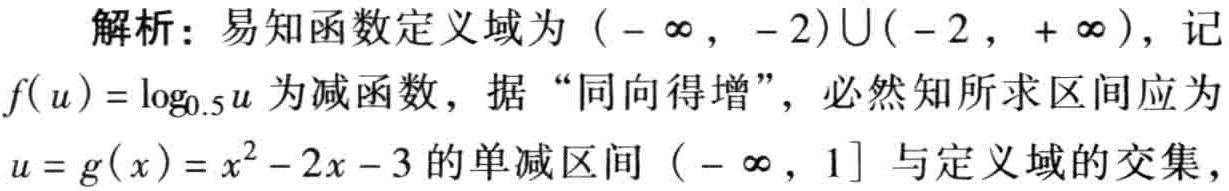
解析：易知函数定义域为\((-\infty,-2)\cup(-2,+\infty)\)，记\(f(u)=\log_{0.5}u\)为减函数，据“同向得增”，必然知所求区间应为\(u = g(x)=x^{2}-2x - 3\)的单减区间\((-\infty,1]\)与定义域的交集，